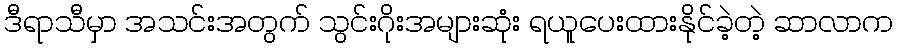
ဒီရာသီမှာ အသင်းအတွက် သွင်းဂိုးအများဆုံး ရယူပေးထားနိုင်ခဲ့တဲ့ ဆာလာက